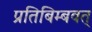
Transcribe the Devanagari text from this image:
प्रतिबिम्बवत्